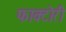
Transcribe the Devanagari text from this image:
फाक्टोरी